Civil Veterinary Department. United Provinces 1932-42 - 1932-1942
Year: 1932
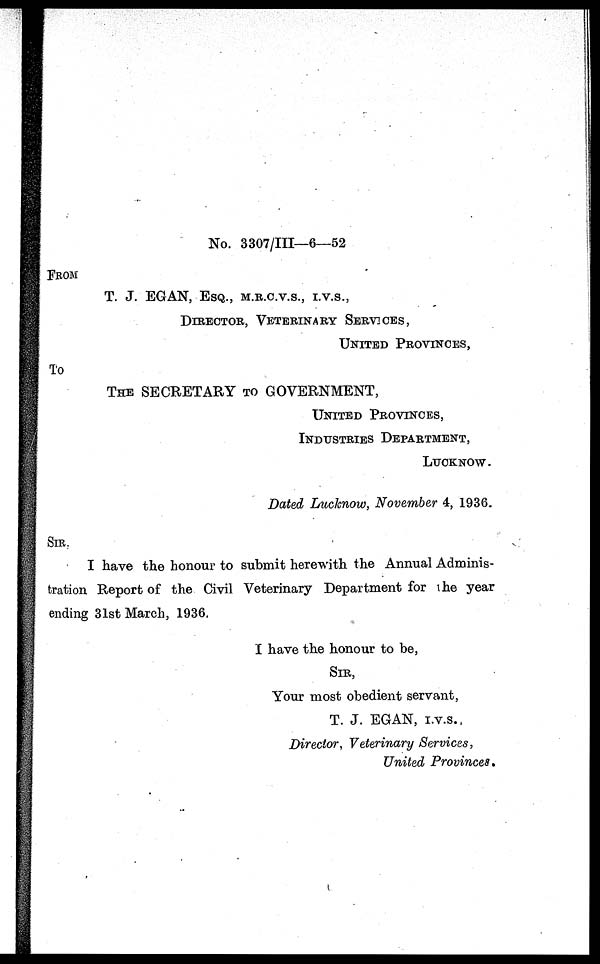
No. 3307/III—6—52
FROM
T. J. EGAN, ESQ., M.R.C.V.S., I.V.S.,
DIRECTOR, VETERINARY SERVICES,
UNITED PROVINCES,
To
THE SECRETARY TO GOVERNMENT,
UNITED PROVINCES,
INDUSTRIES DEPARTMENT,
LUCKNOW.
Dated Lucknow, November 4, 1936.
SIR :
I have the honour to submit herewith the Annual Adminis-
tration Report of the Civil Veterinary Department for the year
ending 31st March, 1936,
I have the honour to be,
SIR,
Your most obedient servant,
T. J. EGAN, I.V.S. ,
Director, Veterinary Services,
United Provinces.